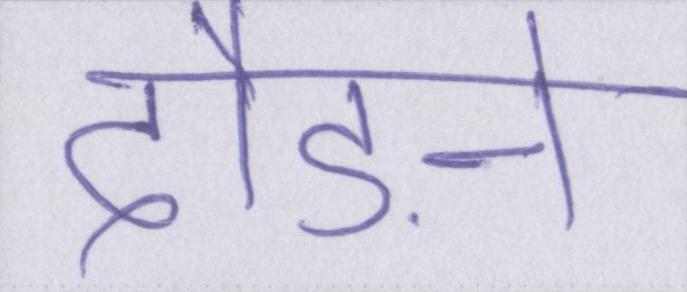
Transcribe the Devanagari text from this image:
दौड़ने